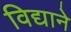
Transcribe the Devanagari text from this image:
विद्याने